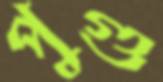
পুগু